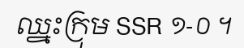
ឈ្នះក្រុម SSR ១-០ ។